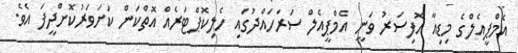
އެމްޕީއެލްގެ މިޑިއާ އޮފިސަރު ވަނީ އެމްޕީއެލް ސަރަހައްދުގައި ހެލިކޮޕްޓަރެއް އޮތްކަން ކަށަވަރުކޮށްދީފަ އެވެ.